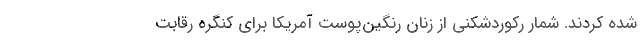
شده کردند. شمار رکوردشکنی از زنان رنگین‌پوست آمریکا برای کنگره رقابت